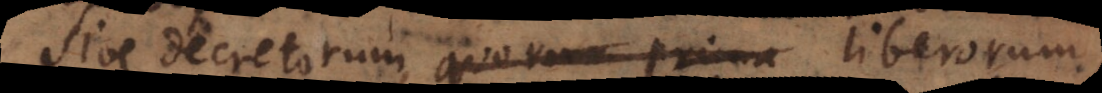
sive decretorum, quorum prima liberorum,